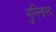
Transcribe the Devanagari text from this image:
मुनिनारद